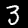
Digit: 3